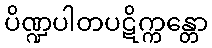
ပိဏ္ဍပါတပဋိက္ကန္တော